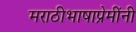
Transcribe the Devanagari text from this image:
मराठीभाषाप्रेमींनी